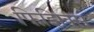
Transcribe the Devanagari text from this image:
फिझिक्स